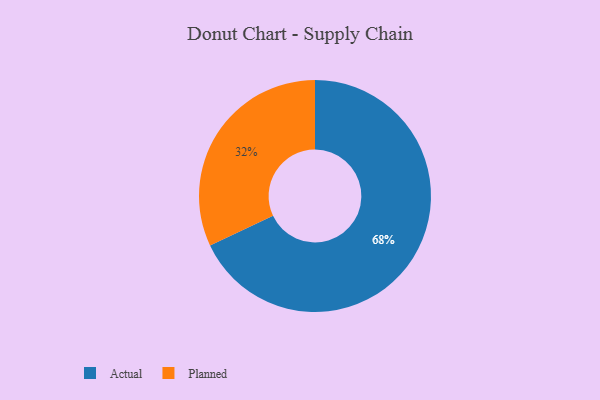
{"axis": {"x": "Category", "y": "Percentage"}, "legend": ["Actual", "Planned"], "data": [{"x": "Actual", "y": 68, "type": "Actual"}, {"x": "Planned", "y": 32, "type": "Planned"}]}